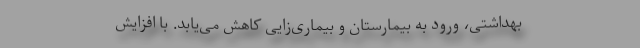
بهداشتی، ورود به بیمارستان و بیماری‌زایی کاهش می‌یابد. با افزایش